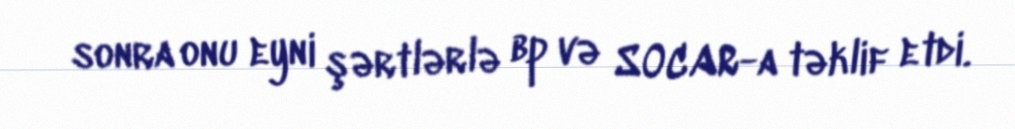
sonra onu eyni şərtlərlə bp və SOCAR-a təklif etdi.